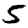
Digit: 5